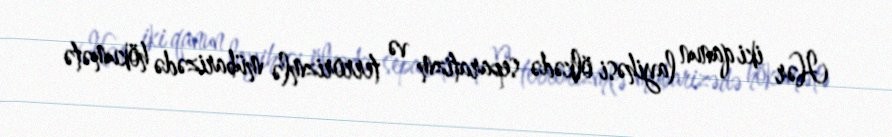
Hər iki qanun layihəsi ölkədə separatizm və terrorizmlə mübarizədə hökumətə